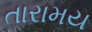
તારામય